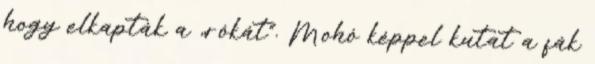
hogy elkapták a „rókát”. Mohó képpel kutat a fák